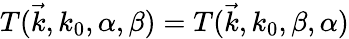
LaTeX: T(\vec{k},k_{0},\alpha,\beta)=T(\vec{k},k_{0},\beta,\alpha)